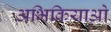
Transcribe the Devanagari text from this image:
अभिक्रियाओ